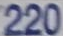
220